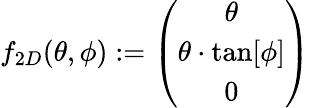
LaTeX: f_{2D}(\theta,\phi):=\left(\begin{array}{c}{\theta}\\ {\theta\cdot\tan[\phi]}\\ {0}\end{array}\right)